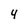
Character: 4